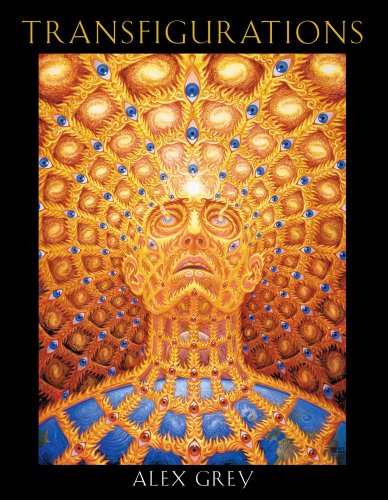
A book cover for Transfigurations; Alex Grey; Arts & Photography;